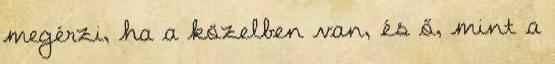
megérzi, ha a közelben van, és ő, mint a